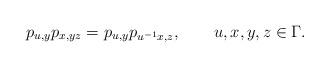
LaTeX: \begin{align*}p_{u,y}p_{x,yz}=p_{u,y}p_{u^{-1}x,z},\qquad{u},x,y,z\in\Gamma.\end{align*}